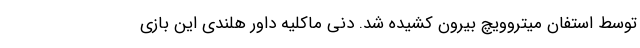
توسط استفان میتروویچ بیرون کشیده شد. دنی ماکلیه داور هلندی این بازی